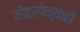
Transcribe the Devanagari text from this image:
मीटरपेक्षाही